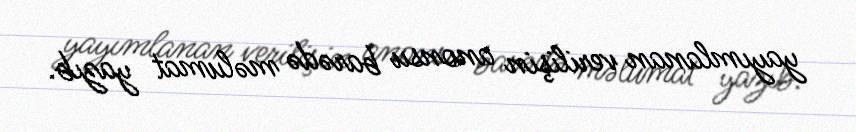
yayımlanan verilişin anonsu barədə məlumat yazıb.